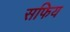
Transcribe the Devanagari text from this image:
सफिय